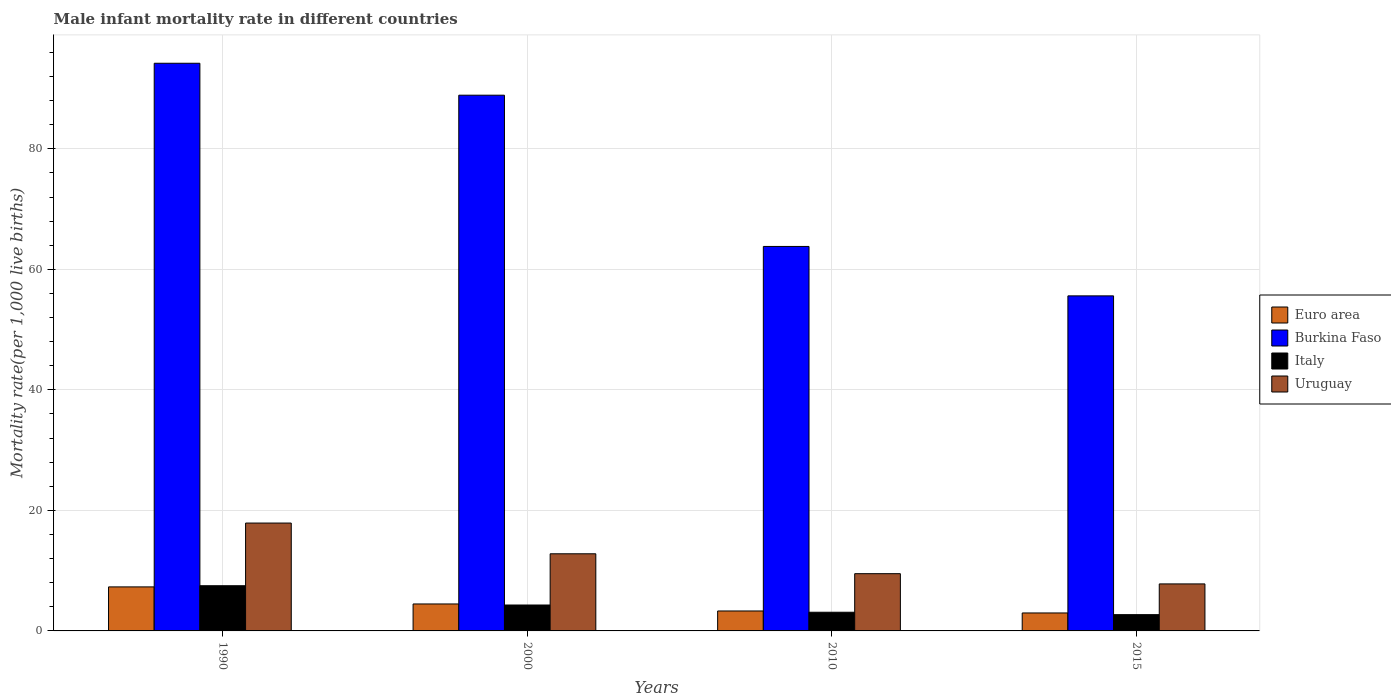
| Years | Euro area | Burkina Faso | Italy | Uruguay |
 | --- | --- | --- | --- | --- |
 | 1990 | 7.31 | 94.2 | 7.5 | 17.9 |
 | 2000 | 4.47 | 88.9 | 4.3 | 12.8 |
 | 2010 | 3.31 | 63.8 | 3.1 | 9.5 |
 | 2015 | 2.98 | 55.6 | 2.7 | 7.8 |